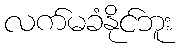
လက်မခံနိုင်ဘူး